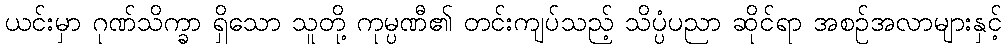
ယင်းမှာ ဂုဏ်သိက္ခာ ရှိသော သူတို့ ကုမ္ပဏီ၏ တင်းကျပ်သည့် သိပ္ပံပညာ ဆိုင်ရာ အစဉ်အလာများနှင့်